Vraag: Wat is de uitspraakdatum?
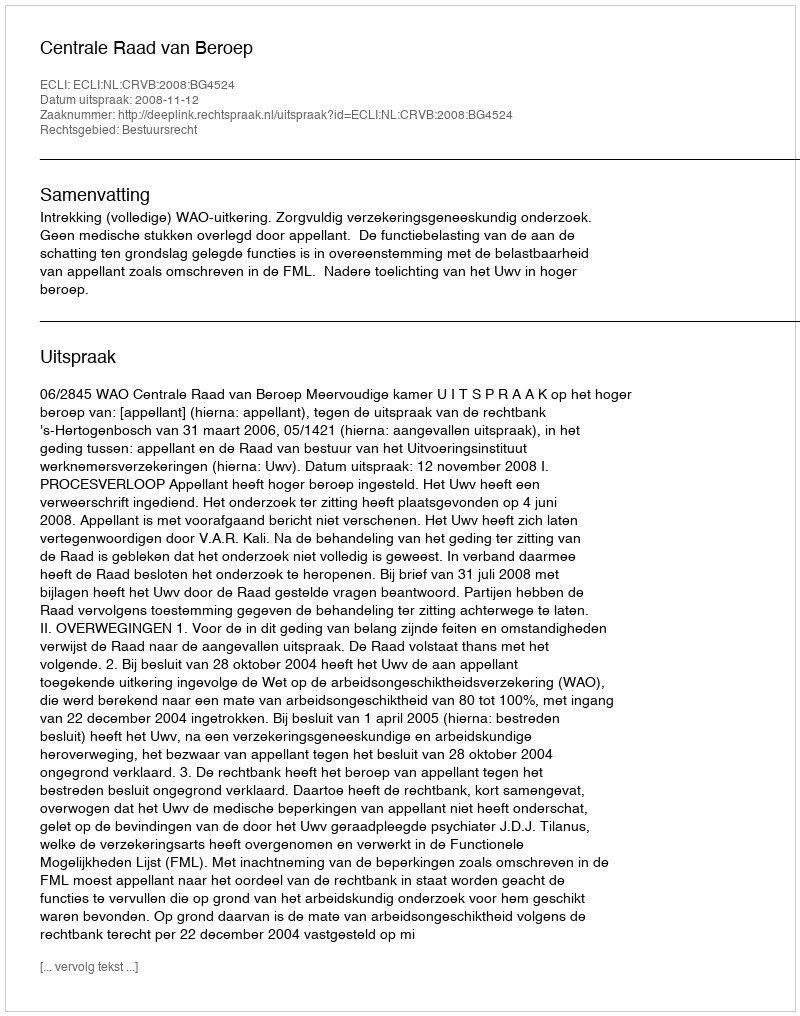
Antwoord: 2008-11-12